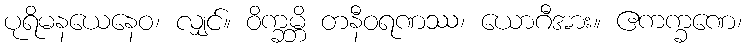
ပုရိမနယေနေဝ၊ လျှင်။ ဝိက္ခမ္ဘိ တနီဝရဏဿ၊ ယောဂီအား။ ဧကက္ခဏေ၊